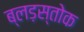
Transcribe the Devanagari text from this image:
ब्लड़स्तोक